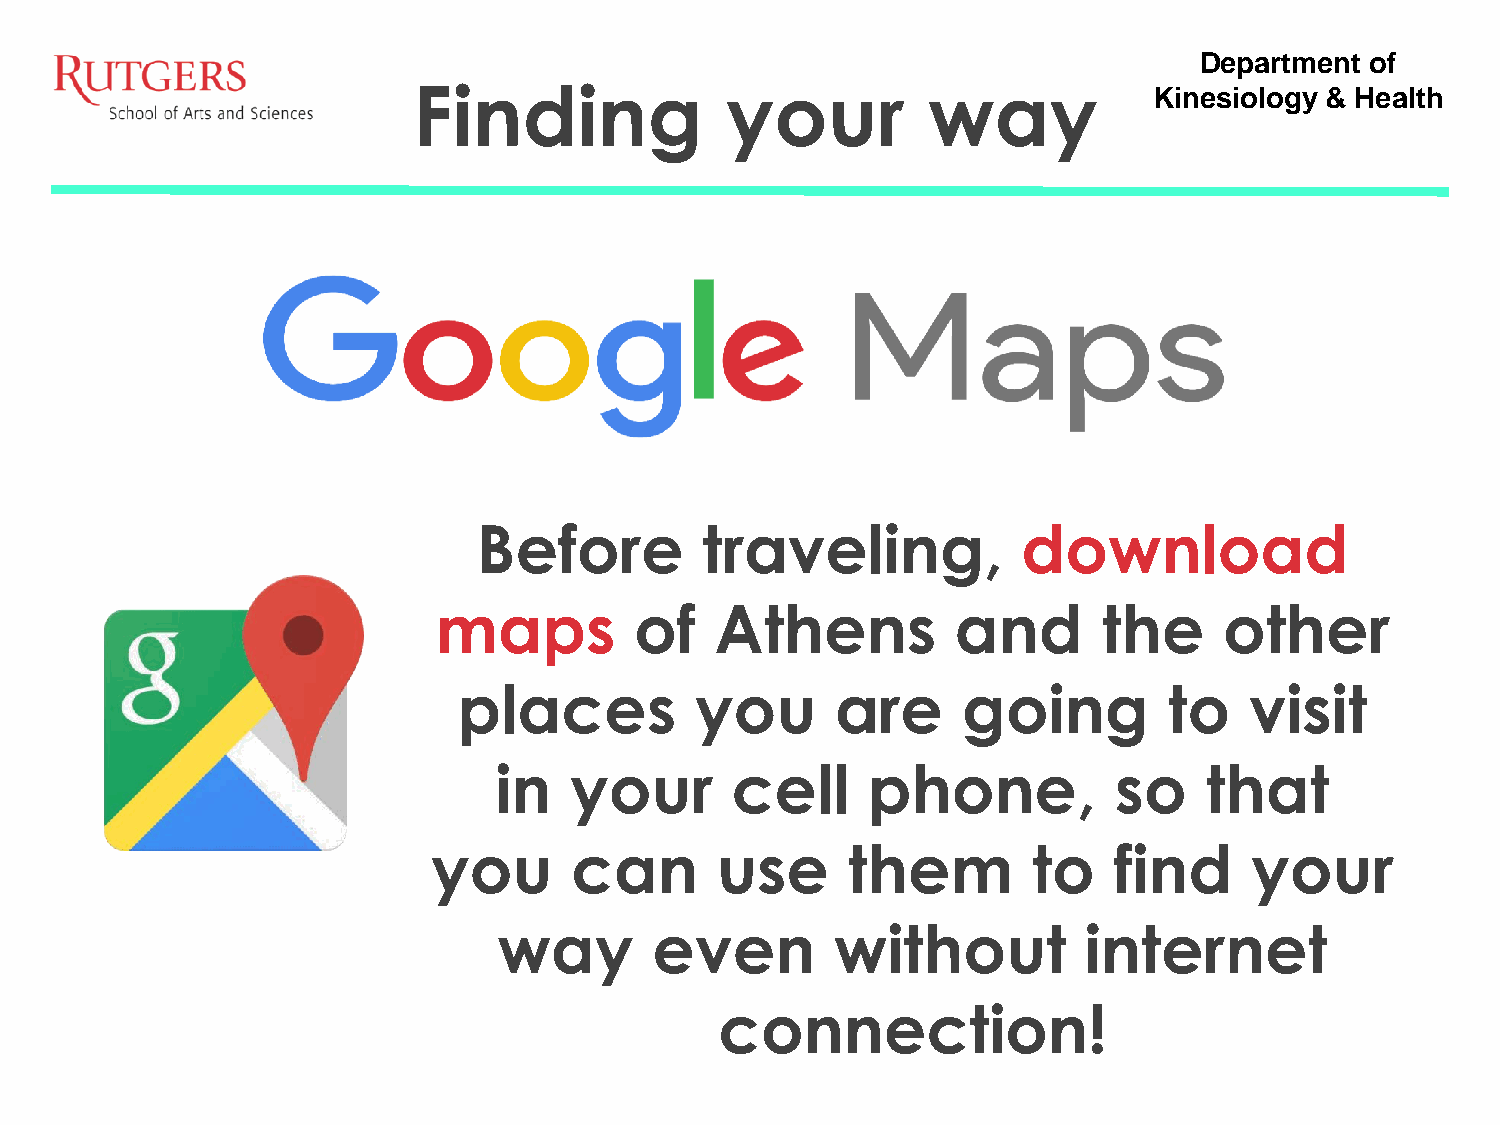
Department  of
 Finding              your         way            Kinesiology & Health
 Before         traveling,           download
 maps         of   Athens          and       the     other
 places          you      are      going        to    visit
 in   your      cell     phone,           so    that
 you      can      use      them        to    find     your
 way       even        without          internet
 connection!